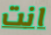
انت